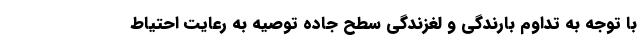
با توجه به تداوم بارندگی و لغزندگی سطح جاده توصیه به رعایت احتیاط